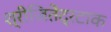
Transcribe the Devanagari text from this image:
श्रीजितेंद्रटाक